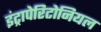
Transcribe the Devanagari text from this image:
इंट्रापेरिटोनियल